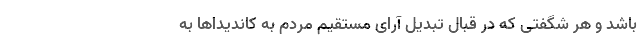
باشد و هر شگفتی که در قبال تبدیل آرای مستقیم مردم به کاندیداها به